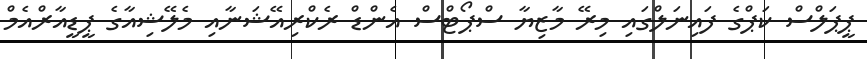
ޕީޕަލްސް ކަޕްގެ ފައިނަލްގައި މިރޭ މާޒިޔާ ސްޕޯޓްސް އެންޑް ރެކްރިއޭޝަނާއި މެލޭޝިއާގެ ޕީޑީއާރްއެމް